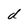
Character: d